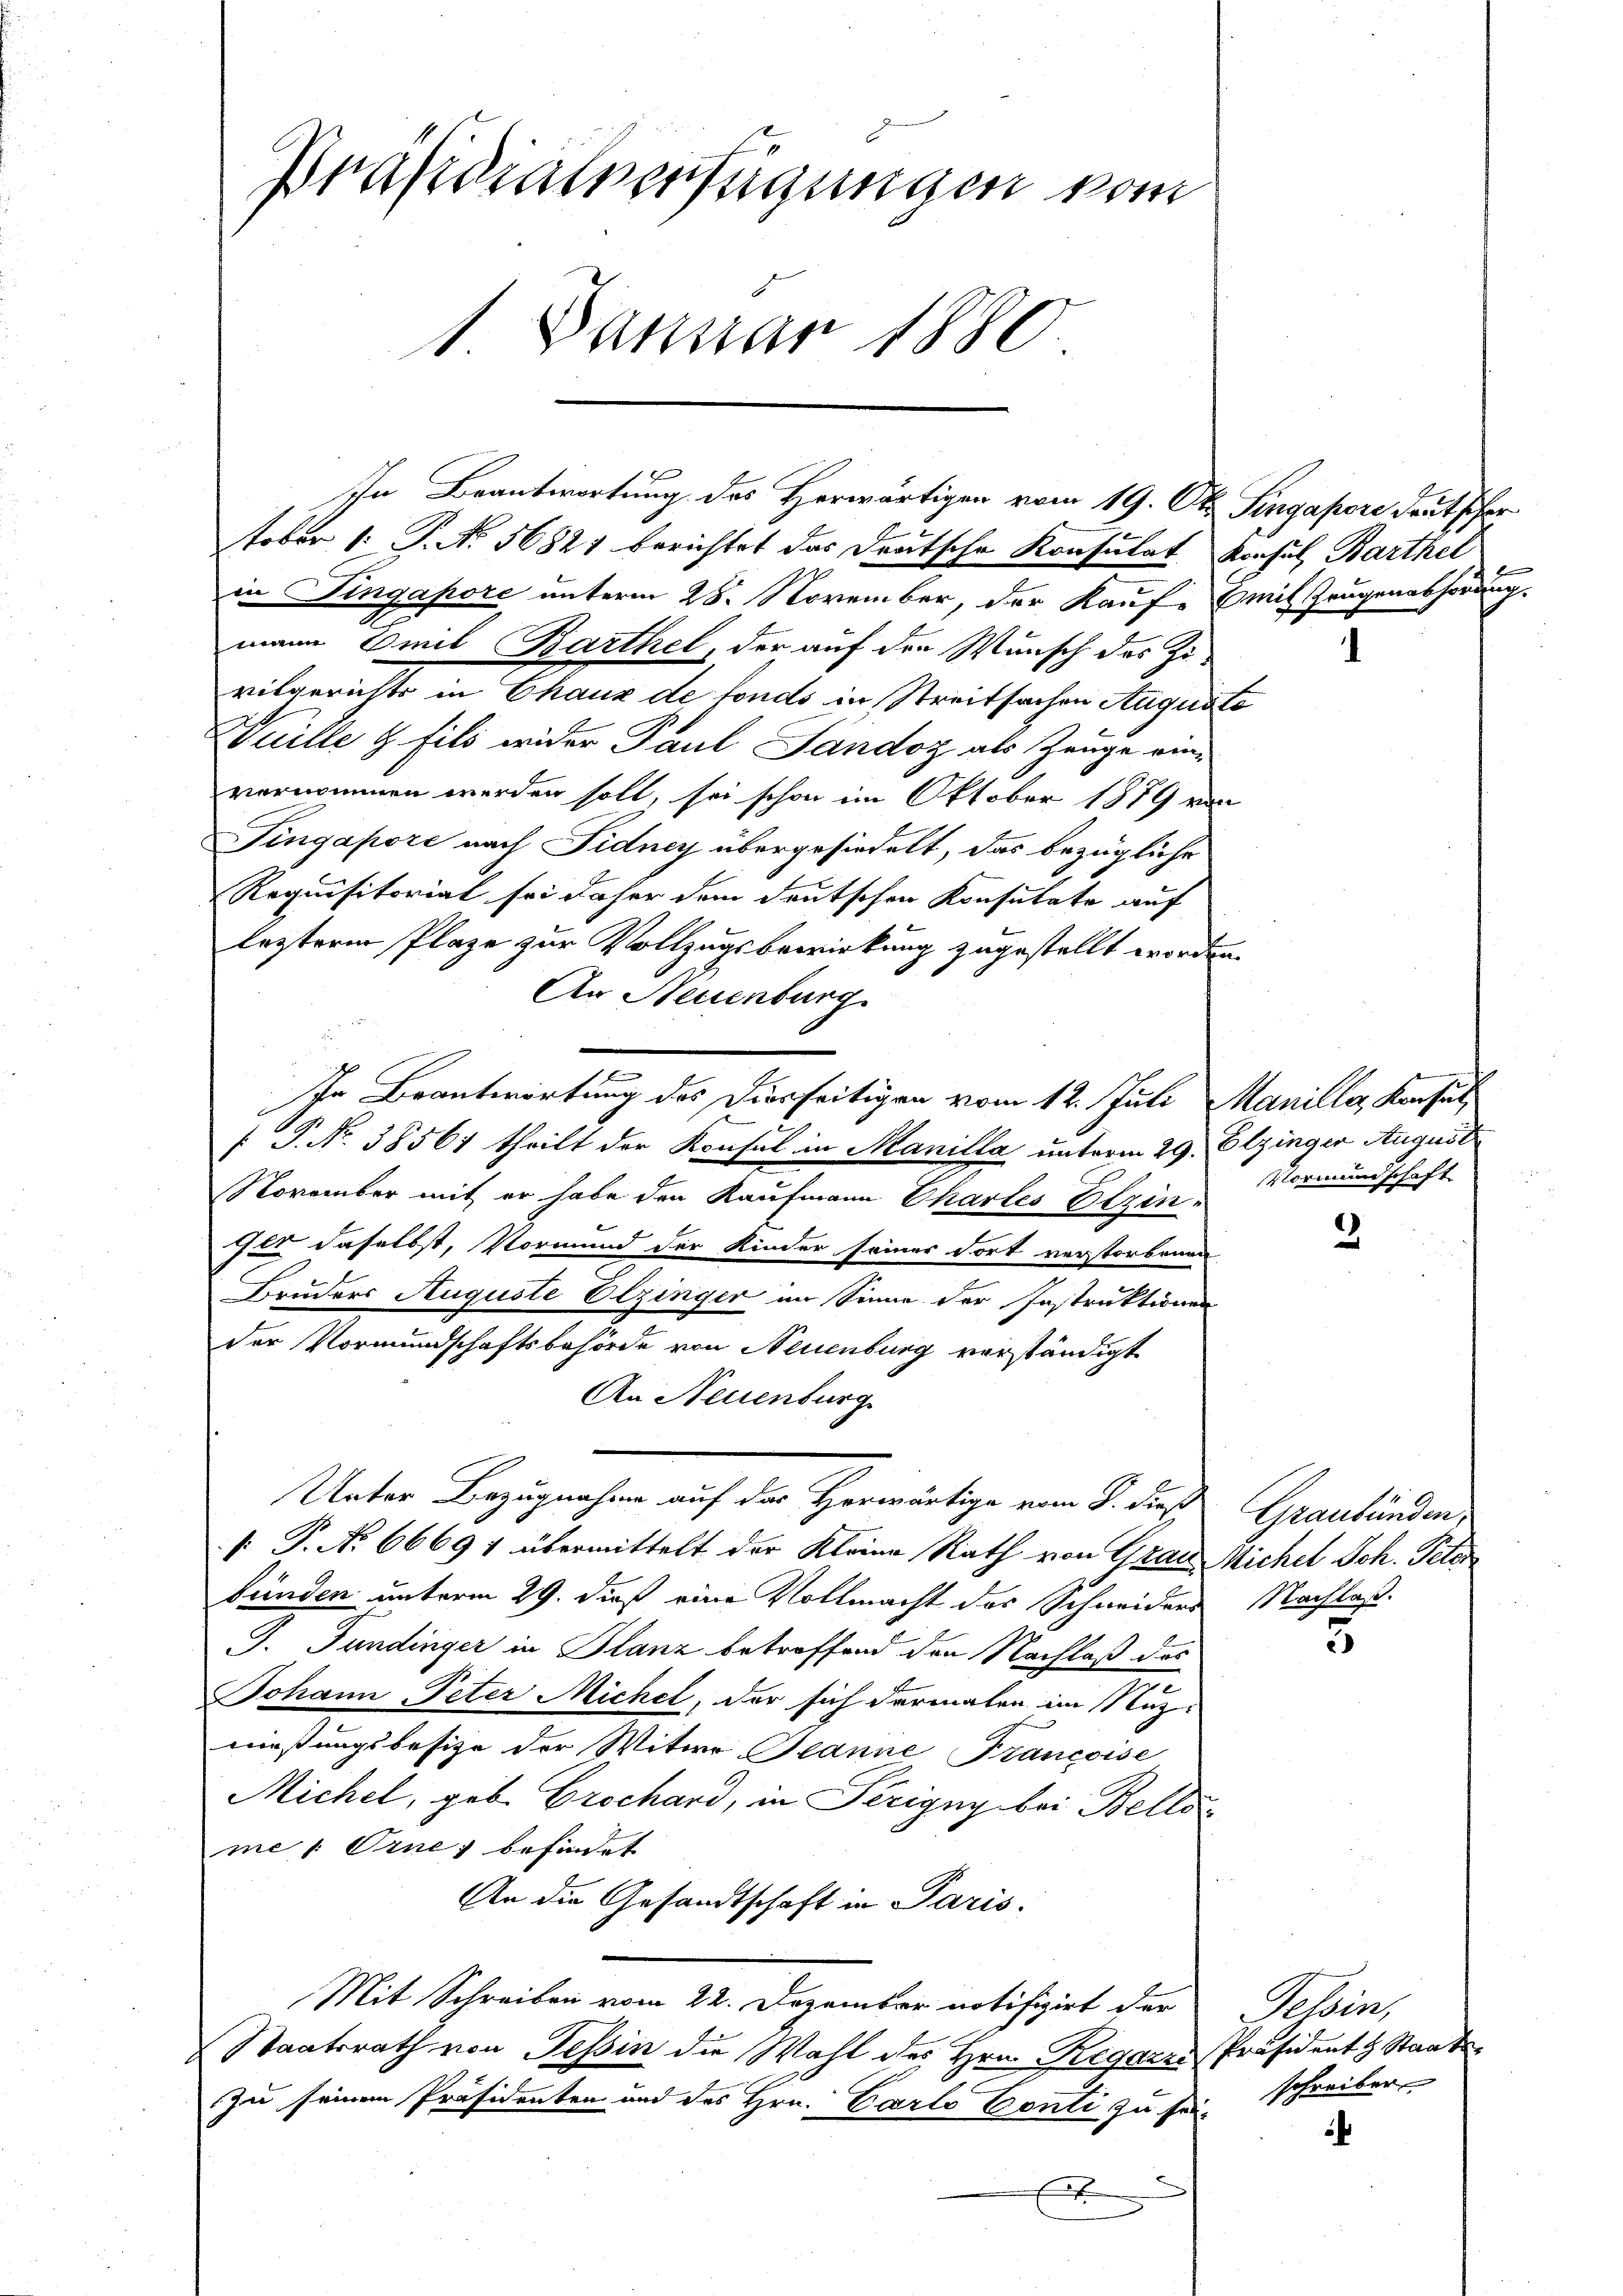
Präsidialverfügungen vom
1. Januar 1880

Oktober 1. P. No. 56821 berichtet das Deutsche Konsulat Konsul Barthel
in Singapore unterm 28. November, der Kaufe mit Zeugenabhörung.
mann Emil Barthel, der auf den Wunsch des Ziritgerichts in Chaux de fonds in Streitsachen Augusto
Wuille & fils wider Paul Landoz als Zeuge einvernommen werden soll, sei schon im Oktober 1879 von
Fingapore nach Fidney übergesiedelt, das bezügliche
Requisitoriat sei daher dem deutschen Konsulate auf
lezterm Plaze zur Vollzugsbewirkung zugestellt worden.
An Neuenburg
e
In Beantwortung des Diesseitigen vom 12. Juli Manille, Konsul
 P. Nr. 38561 theilt der Konsul in Manilla unterm 29. Elzinger August
November mit er habe den Kaufmann Chartes Etzin-
Ils daselbst, Vormund der Kinder seiner dort verstorbenen
Bruders Auguste Elzinger im Sinne der Instruktionen
der Vormundschaftsbehörde von Neuenburg verständigt
An Neuenburg
Unter Bezugnahme auf das Horwärtige vom 8. dieß Graubünden,
 P. No 66691 übermittelt der Kleine Rath von Grau Michel Joh. Peter
bünden unterm 29. dieß eine Vollmacht des Schneiders Nachlaß¬
J. Fundinger in Glanz betreffend den Nachlaß des
Johann Peter Michel, der sich dermalen im Nuzmießungsbesitze der Witwe Jeanne Francoise
Michel, geb. Erschard, in Perigny bei Bellsme 1 Orne befindet
An die Gesandtschaft in Paris.
Mit Schreiben vom 22. Dezember notifizirt der Tessin,
Staatsrath von Tessin die Wahl des Hrn. Regares Präsident & Staat
zu seinem Präsidenten und des Hrn. Carto Conti zu sei, schreiben
F

In Beantwortung des Herwärtigen vom 19. Ok. Singapore deutscher

Vormundschaft

2.

5

¬